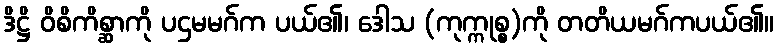
ဒိဋ္ဌိ ဝိစိကိစ္ဆာကို ပဌမမဂ်က ပယ်၏၊ ဒေါသ (ကုက္ကုစ္စ)ကို တတိယမဂ်ကပယ်၏။